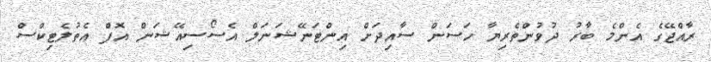
ރާއްޖޭގެ އެންމެ ބާރު ދުވުންތެރިޔާ ހަސަން ސާއިދަށް އިންޓަނޭޝަނަލް އެސޯސިއޭޝަން އޮފް އެތުލެޓިކްސް